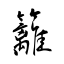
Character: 籬